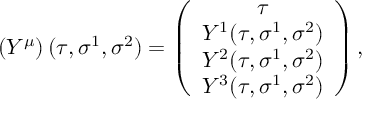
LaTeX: \left( Y ^ { \mu } \right) ( \tau , \sigma ^ { 1 } , \sigma ^ { 2 } ) = \left( \begin{array} { c } { { \tau } } \\ { { Y ^ { 1 } ( \tau , \sigma ^ { 1 } , \sigma ^ { 2 } ) } } \\ { { Y ^ { 2 } ( \tau , \sigma ^ { 1 } , \sigma ^ { 2 } ) } } \\ { { Y ^ { 3 } ( \tau , \sigma ^ { 1 } , \sigma ^ { 2 } ) } } \end{array} \right) ,